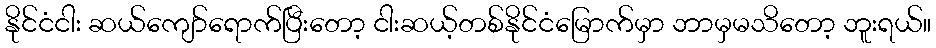
နိုင်ငံငါး ဆယ်ကျော်ရောက်ပြီးတော့ ငါးဆယ့်တစ်နိုင်ငံမြောက်မှာ ဘာမှမသိတော့ ဘူးရယ်။